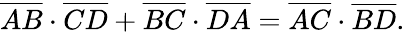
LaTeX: {\overline{{AB}}}\cdot{\overline{{CD}}}+{\overline{{BC}}}\cdot{\overline{{DA}}}={\overline{{AC}}}\cdot{\overline{{BD}}}.